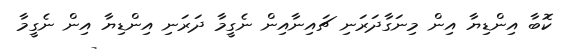
ކޮބާ އިންޑިޔާ އިން މިނަގާދަރަނި ޗައިނާއިން ނެގީމާ ދަރަނި އިންޑިޔާ އިން ނެގީމާ